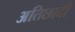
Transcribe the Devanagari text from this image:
अतिछादी